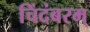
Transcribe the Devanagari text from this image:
चिंदंबरम्